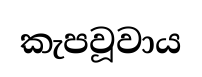
කැපවූවාය